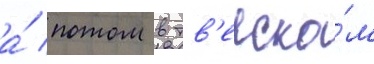
а́ потом в тв'ерско́м